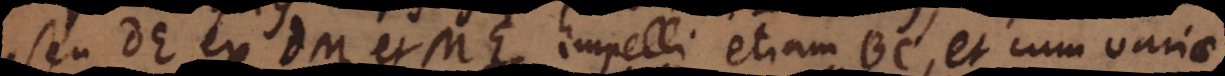
seu DE ex DM et ME, impelli etiam BC, et cum variae